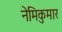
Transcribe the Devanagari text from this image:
नेमिकुमार